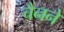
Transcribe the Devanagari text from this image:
चैनने